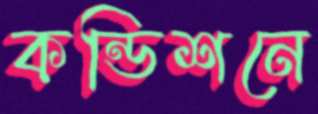
কন্ডিশনে